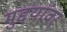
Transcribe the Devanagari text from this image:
मुद्दयांवर